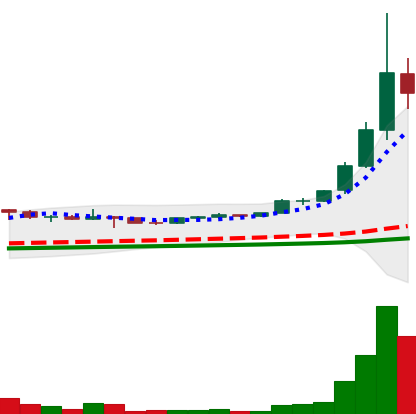
Ticker: ETC-USD
Chart end date: 2021-05-07
Forward return: -31.108%
Label: down_7plus